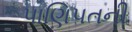
પાણિપતની